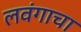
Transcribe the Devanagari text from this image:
लवंगाचा